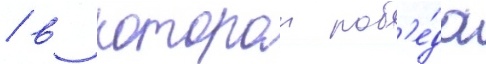
/ в которои поб'е́да